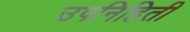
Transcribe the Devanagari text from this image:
उपनिहिती